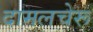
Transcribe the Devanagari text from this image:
दामलचेरू